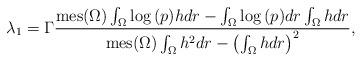
LaTeX: \begin{align*} \lambda_1=\Gamma\frac{\mathrm{mes}(\Omega)\int_{\Omega}{\log{(p)}hdr}-\int_{\Omega}{\log{(p)}dr}\int_{\Omega}{hdr}}{\mathrm{mes}(\Omega)\int_{\Omega}{h^2dr}-\left(\int_{\Omega}{hdr}\right)^2},\end{align*}